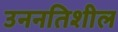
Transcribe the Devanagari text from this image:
उननतिशील